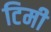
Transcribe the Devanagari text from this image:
टिमी